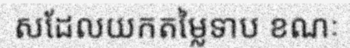
សដែលយកតម្លៃទាប ខណៈ